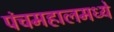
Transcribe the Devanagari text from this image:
पंचमहालमध्ये